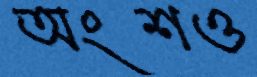
অংশও